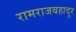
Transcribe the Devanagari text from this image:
रामराजबहादुर